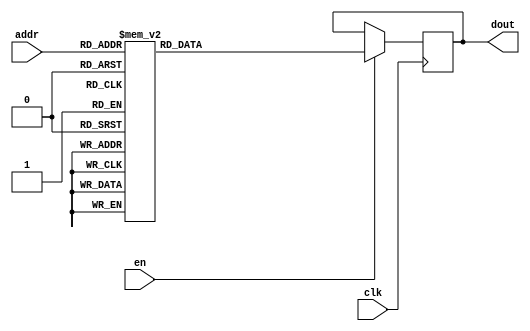
module DC_7_REF_ROM_13(
// inputs
clk,
en,
addr,
// outputs
dout
);
localparam ROM_WID = 14;
localparam ROM_DEP = 32;
localparam ROM_ADDR = 5;
// input definition
input clk;
input en;
input [ROM_ADDR-1:0] addr;
// output definition
output [ROM_WID-1:0] dout;
reg [ROM_WID-1:0] data;
always @(posedge clk)
begin
if (en) begin
case(addr)
		5'd0: data <= 14'b01000111110011;
		5'd1: data <= 14'b01000110100101;
		5'd2: data <= 14'b01001010100111;
		5'd3: data <= 14'b01001101100101;
		5'd4: data <= 14'b01001111010110;
		5'd5: data <= 14'b01001000111101;
		5'd6: data <= 14'b01001010000001;
		5'd7: data <= 14'b01001000100010;
		5'd8: data <= 14'b01001001000000;
		5'd9: data <= 14'b01001101010100;
		5'd10: data <= 14'b01001010100100;
		5'd11: data <= 14'b01001000100101;
		5'd12: data <= 14'b01000111111001;
		5'd13: data <= 14'b01001001111101;
		5'd14: data <= 14'b01001001010010;
		5'd15: data <= 14'b01000011110101;
		5'd16: data <= 14'b01001011011001;
		5'd17: data <= 14'b01001111111101;
		5'd18: data <= 14'b01000111100111;
		5'd19: data <= 14'b01001010000100;
		5'd20: data <= 14'b01001100011011;
		5'd21: data <= 14'b01001101111111;
		5'd22: data <= 14'b01000110101010;
		5'd23: data <= 14'b01001100010000;
		5'd24: data <= 14'b01000101110100;
		5'd25: data <= 14'b01000111101011;
		5'd26: data <= 14'b01000111110001;
		5'd27: data <= 14'b01001100001100;
		5'd28: data <= 14'b01001100011100;
		5'd29: data <= 14'b01000111111011;
		5'd30: data <= 14'b01001000010010;
		5'd31: data <= 14'b01000111101000;
		endcase
		end
	end
	assign dout = data;
endmodule